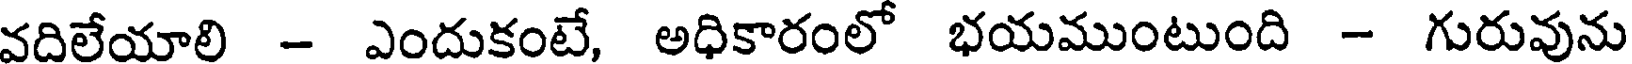
వదిలేయాలి - ఎందుకంటే, అధికారంలో భయముంటుంది - గురువును